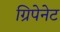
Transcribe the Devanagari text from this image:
ग्रिपेनेट